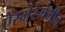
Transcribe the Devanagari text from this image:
ऐस्मेरेगेमीन